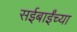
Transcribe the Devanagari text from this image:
सईबाईंच्या